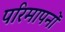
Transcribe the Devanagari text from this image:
परिमापनों